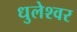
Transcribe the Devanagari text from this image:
धुलेश्वर